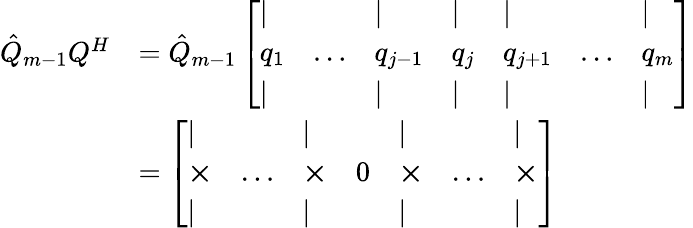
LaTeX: \begin{array}{rl}{\hat{Q}_{m-1}Q^{H}}&{=\hat{Q}_{m-1}\left[\begin{array}{lllllll}{\vert}&&{\vert}&{\vert}&{\vert}&&{\vert}\\ {q_{1}}&{\dots}&{q_{j-1}}&{q_{j}}&{q_{j+1}}&{\dots}&{q_{m}}\\ {\vert}&&{\vert}&{\vert}&{\vert}&&{\vert}\end{array}\right]}\\ &{=\left[\begin{array}{lllllll}{\vert}&&{\vert}&&{\vert}&&{\vert}\\ {\boldsymbol{\times}}&{\dots}&{\boldsymbol{\times}}&{{0}}&{\boldsymbol{\times}}&{\dots}&{\boldsymbol{\times}}\\ {\vert}&&{\vert}&&{\vert}&&{\vert}\end{array}\right]}\end{array}